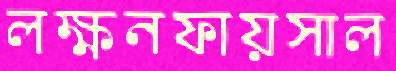
লক্ষনফায়সাল